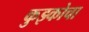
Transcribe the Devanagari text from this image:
कुझ्कोचा